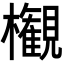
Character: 𣠤